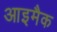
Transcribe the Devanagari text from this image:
आइमैक